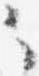
々